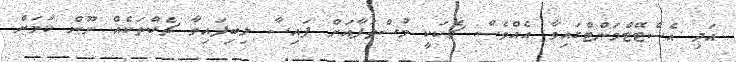
އަދި އެސްޓޭޓްމަންޓްގައިވާ އެއްވެސް ޗެކަކީ މުސްތަފާއަށް ފައިސާ ލިބިފައިވާ ޗެކްތަކެއް ނޫން ކަމަށް